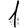
Digit: 1